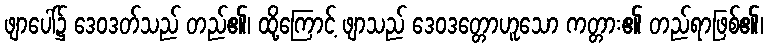
ဖျာပေါ်၌ ဒေဝဒတ်သည် တည်၏၊ ထို့ကြောင့် ဖျာသည် ဒေဝဒတ္တောဟူသော ကတ္တား၏ တည်ရာဖြစ်၏၊